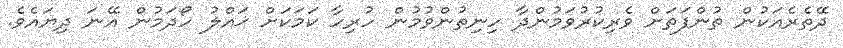
ދޭތެރެއަކުން ތުންފަތަށް ވެރިކުރުވަމުންދާ ހިނިތުންވުމުން ހުރިހާ ކަމަކަށް ޚައްލު ހޯދަމުން އޭނަ ދިޔައެވެ.